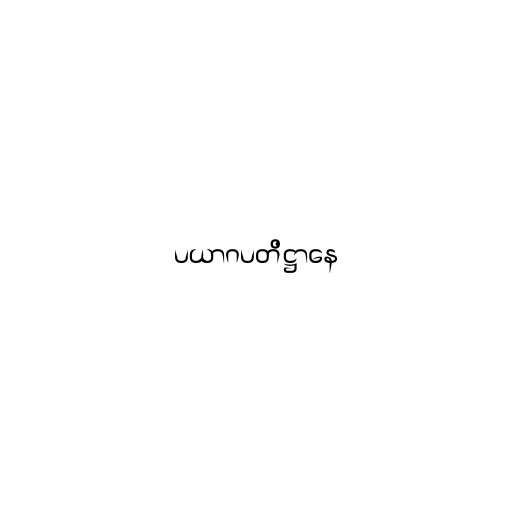
ပယာဂပတိဋ္ဌာနေ